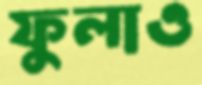
ফুলাও